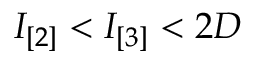
I _ { [ 2 ] } < I _ { [ 3 ] } < 2 D